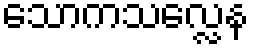
သောကသလ္လေန